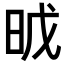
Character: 𣆈